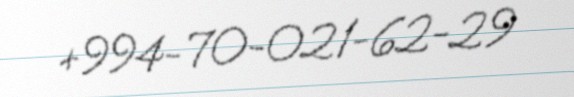
+994-70-021-62-29